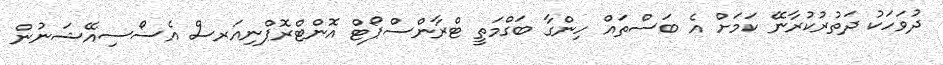
ދުވަހަކު ދަތުރުކުރާނޭ ކަމަށް އެ ބަސްތައް ހިންގާ ބަގްމަތީ ޓްރާންސްޕޯޓް އޮންޓްރޮޕްނިއަރސް އެސޯސިއޭޝަނުން